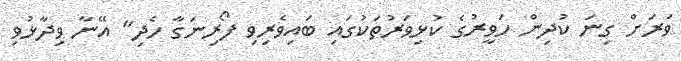
ވަރަށް ގިނަ ކުދިން ހަވީރުގެ ކުޅިވަރުތަކުގައި ބައިވެރިވި ފޯރިނަގާ ހެދި" އޭނާ ވިދާޅުވި